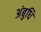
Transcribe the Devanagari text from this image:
अंबुधि